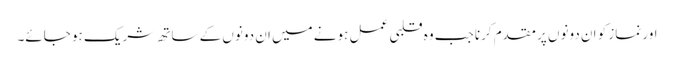
اور نماز کو ان دونوں پر مقدم کرنا جب وہ قلبی عمل ہونے میں ان دونوں کے ساتھ شریک ہو جائے۔